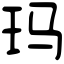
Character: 玛